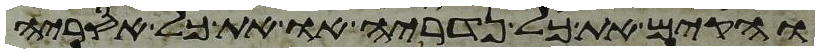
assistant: והקם את כל נדריה או את כל אסריה